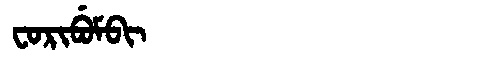
Manchu: ᠸᠣᡵᡳᠪᡠᠮᠪᡳ
Romanization: FORIBUMBI